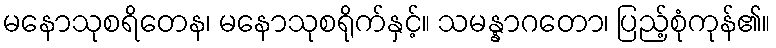
မနောသုစရိတေန၊ မနောသုစရိုက်နှင့်။ သမန္နာဂတော၊ ပြည့်စုံကုန်၏။